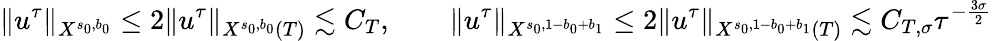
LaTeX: \| u^{\tau}\| _{X^{s_{0},b_{0}}}\leq 2\| u^{\tau}\| _{X^{s_{0},b_{0}}(T)}\lesssim C_{T},\qquad\| u^{\tau}\| _{X^{s_{0},1-b_{0}+b_{1}}}\leq 2\| u^{\tau}\| _{X^{s_{0},1-b_{0}+b_{1}}(T)}\lesssim C_{T,\sigma}\tau^{-\frac{3\sigma}2}